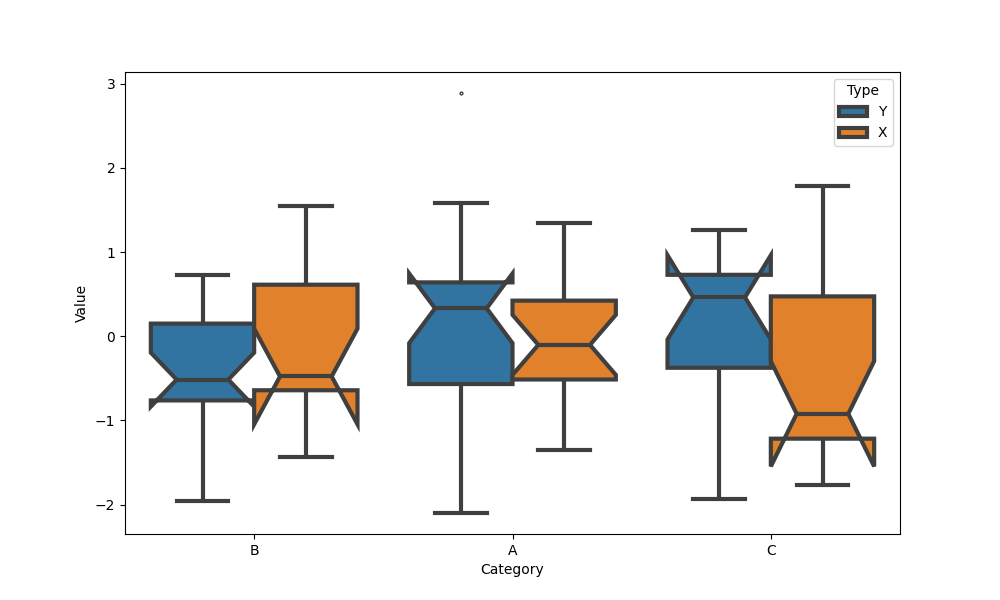
python, seaborn, boxplot, width=0.8, linewidth=3, fliersize=2, notch=True